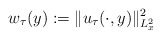
\begin{align*}w_\tau(y):=\|u_\tau(\cdot,y)\|_{L_x^2}^2\end{align*}